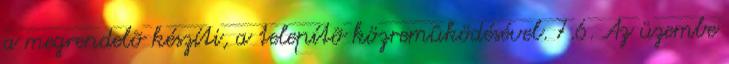
a megrendelõ készíti, a telepítõ közremûködésével. 7.6. Az üzembe